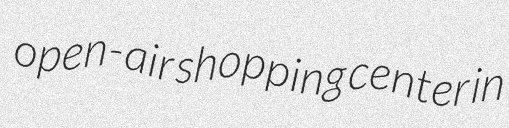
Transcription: open-air shopping center in